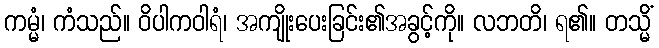
ကမ္မံ၊ ကံသည်။ ဝိပါကဝါရံ၊ အကျိုးပေးခြင်း၏အခွင့်ကို။ လဘတိ၊ ရ၏။ တသ္မိံ